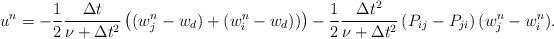
\begin{align*}&u^n = -\frac{1}{2}\frac{\Delta t}{\nu+\Delta t^2} \left((w^{n}_j-w_d)+(w^{n}_i-w_d))\right)-\frac{1}{2}\frac{\Delta t^2}{\nu+\Delta t^2} \left(P_{ij}-P_{ji}\right)(w_j^n-w_i^n).\end{align*}